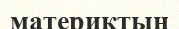
материктың